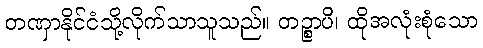
တဏှာနိုင်ငံသို့လိုက်သာသူသည်။ တဉ္စာပိ၊ ထိုအလုံးစုံသော